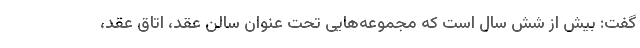
گفت: بیش از شش سال است که مجموعه‌هایی تحت عنوان سالن عقد، اتاق عقد،